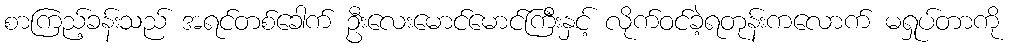
စာကြည့်ခန်းသည် အရင်တစ်ခေါက် ဦးလေးမောင်မောင်ကြီးနှင့် လိုက်ဝင်ခဲ့ရတုန်းကလောက် မရှုပ်တာကို